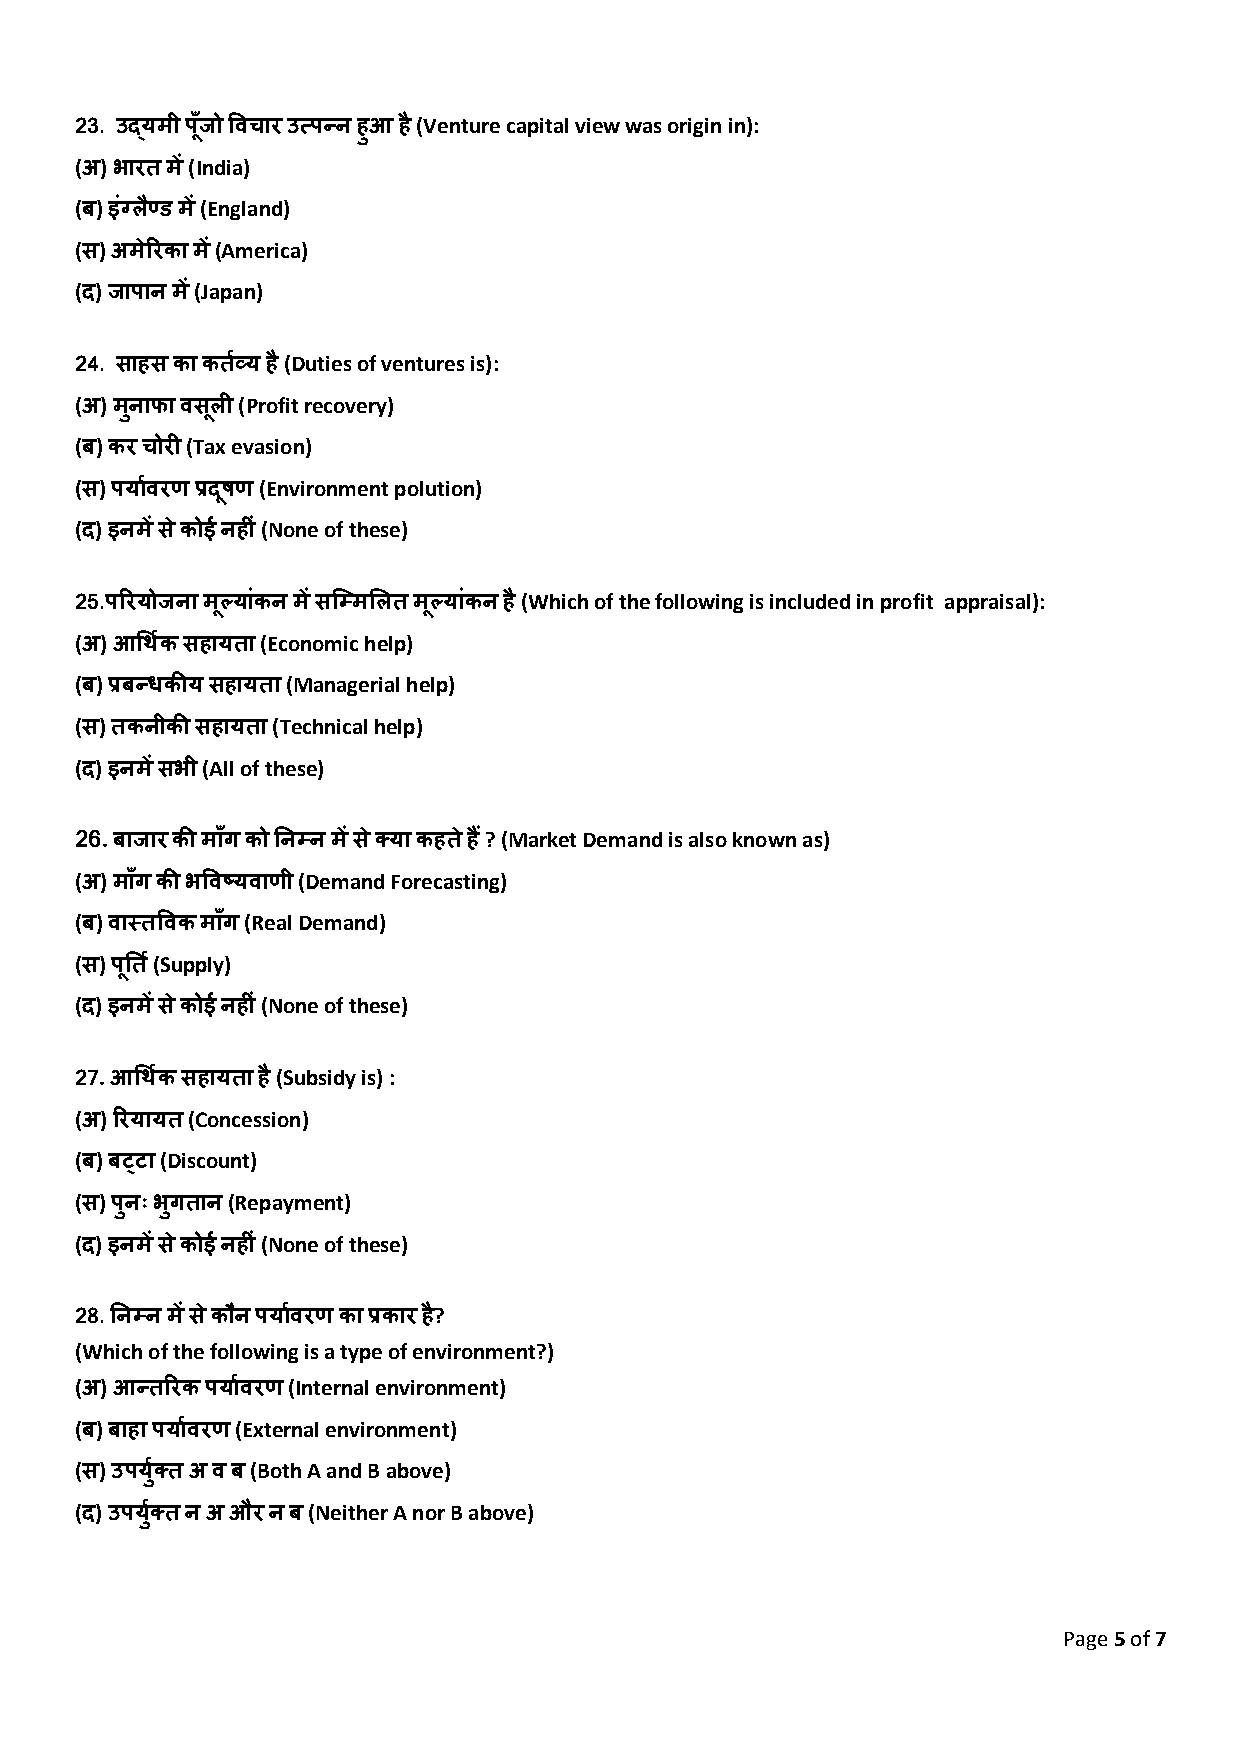
23. उद्यमी पाँिू ो ववचार उत्पन्न हुआ है (Venture capital view was origin in):
 (अ) भारि में (India)
 (ब) इंग्लण्ै ड में (England)
 (स) अमेररका में (America)
 (द) िापान में (Japan)
 24. साहस का किव्श य है (Duties of ventures is):
 (अ) मनु ाफा वसलू ी (Profit recovery)
 (ब) कर चोरी (Tax evasion)
 (स) पयाशवरण प्रदषू ण (Environment polution)
 (द) इनमें स ेकोई नहीं (None of these)
 25.पररयोिना मल्ू यांकन में सजम्मशलि मल्ू यांकन है (Which of the following is included in profit appraisal):
 (अ) आधथकश सहायिा (Economic help)
 (ब) प्रबन्धकीय सहायिा (Managerial help)
 (स) िकनीकी सहायिा (Technical help)
 (द) इनमें सभी (All of these)
 26. बािार की मााँग को तनम्न में से तया कहि ेह ैं? (Market Demand is also known as)
 (अ) मााँग की भववष्यवाणी (Demand Forecasting)
 (ब) वास्िववक मााँग (Real Demand)
 (स) पतू ि श(Supply)
 (द) इनमें स ेकोई नहीं (None of these)
 27. आधथकश सहायिा है (Subsidy is) :
 (अ) ररयायि (Concession)
 (ब) बट्टा (Discount)
 (स) पनु ः भगु िान (Repayment)
 (द) इनमें स ेकोई नहीं (None of these)
 28. तनम्न में से कौन पयाशवरण का प्रकार है?
 (Which of the following is a type of environment?)
 (अ) आन्िररक पयाशवरण (Internal environment)
 (ब) बाहा पयाशवरण (External environment)
 (स) उपयतुश ि अ व ब (Both A and B above)
 (द) उपयतुश ि न अ और न ब (Neither A nor B above)
 Page 5 of 7